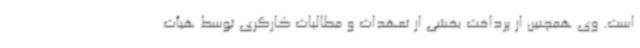
است. وی همچنین از پرداخت بخشی از تعهدات و مطالبات کارگری توسط هیأت